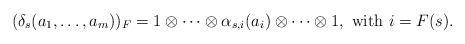
\begin{align*}(\delta_s(a_1,\ldots, a_m))_F = 1\otimes \cdots\otimes \alpha_{s,i}(a_i)\otimes\cdots\otimes 1, \textrm{ with } i = F(s).\end{align*}